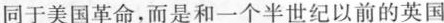
同于美国革命，而是和一个半世纪以前的英国